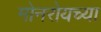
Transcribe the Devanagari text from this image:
मोनरोयच्या